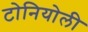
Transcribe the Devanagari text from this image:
टोनियोली